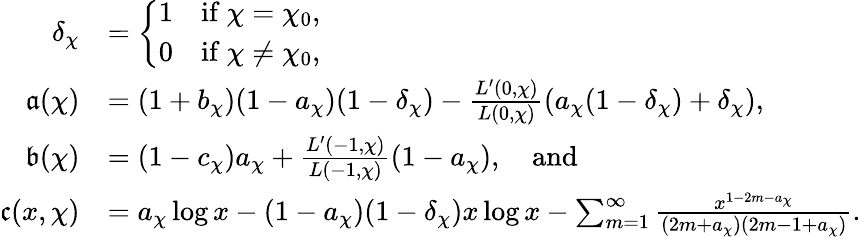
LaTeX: \begin{array}{rl}{\delta_{\chi}}&{=\left\{ \begin{array}{ll}{1}&{\mathrm{if~}\chi=\chi_{0},}\\ {0}&{\mathrm{if~}\chi\neq\chi_{0},}\end{array}\right.}\\ {\mathfrak{a}(\chi)}&{=(1+b_{\chi})(1-a_{\chi})(1-\delta_{\chi})-\frac{L^{\prime}(0,\chi)}{L(0,\chi)}(a_{\chi}(1-\delta_{\chi})+\delta_{\chi}),}\\ {\mathfrak{b}(\chi)}&{=(1-c_{\chi})a_{\chi}+\frac{L^{\prime}(-1,\chi)}{L(-1,\chi)}(1-a_{\chi}),\quad\mathrm{and}}\\ {\mathfrak{c}(x,\chi)}&{=a_{\chi}\log{x}-(1-a_{\chi})(1-\delta_{\chi})x\log{x}-\sum_{m=1}^{\infty}\frac{x^{1-2m-a_{\chi}}}{(2m+a_{\chi})(2m-1+a_{\chi})}.}\end{array}